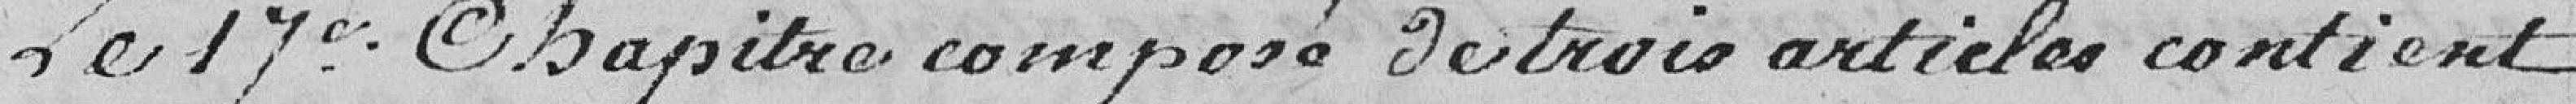
Le 17e Chapitre composé de trois articles contient